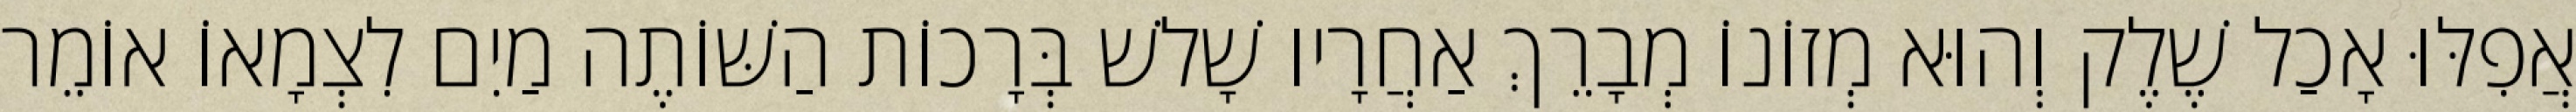
אֲפִלּוּ אָכַל שֶׁלֶק וְהוּא מְזוֹנוֹ מְבָרֵךְ אַחֲרָיו שָׁלשׁ בְּרָכוֹת הַשּׁוֹתֶה מַיִם לִצְמָאוֹ אוֹמֵר